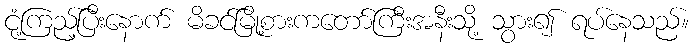
ငုံ့ကြည့်ပြီးနောက် မိခင်မြို့စားကတော်ကြီးအနီးသို့ သွား၍ ရပ်နေသည်။